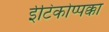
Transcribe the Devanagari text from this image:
ईटिकोप्पक्का